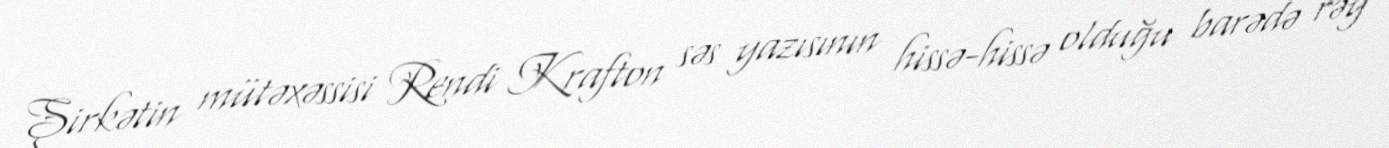
Şirkətin mütəxəssisi Rendi Krafton səs yazısının hissə-hissə olduğu barədə rəy